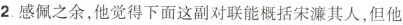
2.感佩之余，他觉得下面这副对联能概括宋濂其人，但他